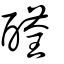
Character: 醛